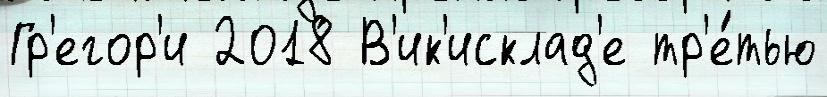
Гр'егор'и 2018 В'ик'исклад'е тр'е́тью